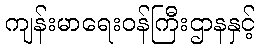
ကျန်းမာရေးဝန်ကြီးဌာနနှင့်